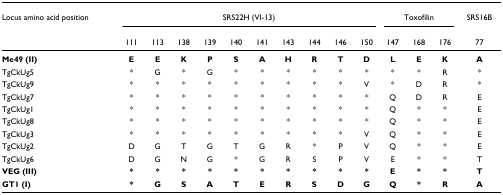
<table><thead><tr><td><b>Locus amino acid position</b></td><td colspan="10"><b>SRS22H (VI-13)</b></td><td colspan="3"><b>Toxofilin</b></td><td><b>SRS16B</b></td></tr><tr><td></td><td><b>111</b></td><td><b>113</b></td><td><b>138</b></td><td><b>139</b></td><td><b>140</b></td><td><b>141</b></td><td><b>143</b></td><td><b>144</b></td><td><b>146</b></td><td><b>150</b></td><td><b>147</b></td><td><b>168</b></td><td><b>176</b></td><td><b>77</b></td></tr></thead><tbody><tr><td><b>Me49 (II)</b></td><td><b>E</b></td><td><b>E</b></td><td><b>K</b></td><td><b>P</b></td><td><b>S</b></td><td><b>A</b></td><td><b>H</b></td><td><b>R</b></td><td><b>T</b></td><td><b>D</b></td><td><b>L</b></td><td><b>E</b></td><td><b>K</b></td><td><b>A</b></td></tr><tr><td>TgCkUg5</td><td>*</td><td>G</td><td>*</td><td>G</td><td>*</td><td>*</td><td>*</td><td>*</td><td>*</td><td>*</td><td>*</td><td>*</td><td>R</td><td>*</td></tr><tr><td>TgCkUg9</td><td>*</td><td>*</td><td>*</td><td>*</td><td>*</td><td>*</td><td>*</td><td>*</td><td>*</td><td>V</td><td>*</td><td>D</td><td>R</td><td>*</td></tr><tr><td>TgCkUg7</td><td>*</td><td>*</td><td>*</td><td>*</td><td>*</td><td>*</td><td>*</td><td>*</td><td>*</td><td>*</td><td>Q</td><td>D</td><td>R</td><td>E</td></tr><tr><td>TgCkUg1</td><td>*</td><td>*</td><td>*</td><td>*</td><td>*</td><td>*</td><td>*</td><td>*</td><td>*</td><td>*</td><td>Q</td><td>*</td><td>*</td><td>E</td></tr><tr><td>TgCkUg8</td><td>*</td><td>*</td><td>*</td><td>*</td><td>*</td><td>*</td><td>*</td><td>*</td><td>*</td><td>*</td><td>Q</td><td>*</td><td>*</td><td>E</td></tr><tr><td>TgCkUg3</td><td>*</td><td>*</td><td>*</td><td>*</td><td>*</td><td>*</td><td>*</td><td>*</td><td>*</td><td>V</td><td>Q</td><td>*</td><td>*</td><td>E</td></tr><tr><td>TgCkUg2</td><td>D</td><td>G</td><td>T</td><td>G</td><td>T</td><td>G</td><td>R</td><td>*</td><td>P</td><td>V</td><td>Q</td><td>*</td><td>*</td><td>E</td></tr><tr><td>TgCkUg6</td><td>D</td><td>G</td><td>N</td><td>G</td><td>*</td><td>G</td><td>R</td><td>S</td><td>P</td><td>V</td><td>E</td><td>*</td><td>*</td><td>T</td></tr><tr><td><b>VEG (III)</b></td><td><b>*</b></td><td><b>*</b></td><td><b>*</b></td><td><b>*</b></td><td><b>*</b></td><td><b>*</b></td><td><b>*</b></td><td><b>*</b></td><td><b>*</b></td><td><b>*</b></td><td><b>E</b></td><td><b>*</b></td><td><b>*</b></td><td><b>T</b></td></tr><tr><td><b>GT1 (I)</b></td><td><b>*</b></td><td><b>G</b></td><td><b>S</b></td><td><b>A</b></td><td><b>T</b></td><td><b>E</b></td><td><b>R</b></td><td><b>S</b></td><td><b>D</b></td><td><b>G</b></td><td><b>Q</b></td><td><b>*</b></td><td><b>R</b></td><td><b>A</b></td></tr></tbody></table>